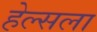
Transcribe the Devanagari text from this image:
हेल्सला